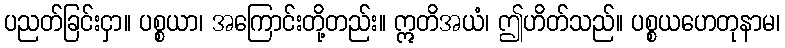
ပညတ်ခြင်းငှာ။ ပစ္စယာ၊ အကြောင်းတို့တည်း။ ဣတိအယံ၊ ဤဟိတ်သည်။ ပစ္စယဟေတုနာမ၊